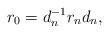
LaTeX: \begin{align*}r_0=d_n^{-1}r_nd_n,\end{align*}